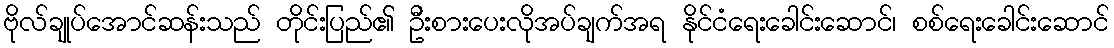
ဗိုလ်ချုပ်အောင်ဆန်းသည် တိုင်းပြည်၏ ဦးစားပေးလိုအပ်ချက်အရ နိုင်ငံရေးခေါင်းဆောင်၊ စစ်ရေးခေါင်းဆောင်